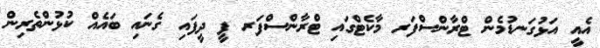
އެއީ އަޅުގަނޑުމެން ޓްރާންސްފަރ މާކެޓްގައި ޓްރާންސްފަރ ފީ ދީފައި ގެނައި ބައެއް ކުޅުންތެރިން